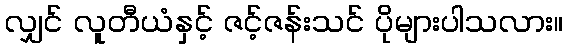
လျှင် လူတီယံနှင့် ဇင့်ဇန်းသင် ပိုများပါသလား။